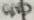
Text: GND